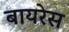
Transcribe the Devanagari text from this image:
बायरेस